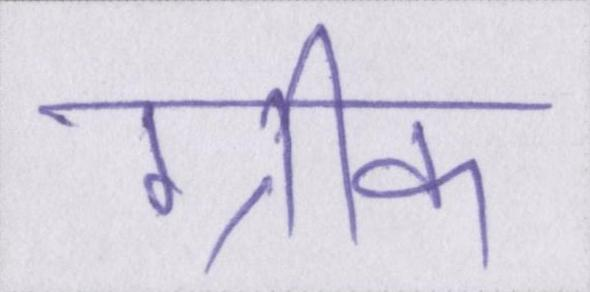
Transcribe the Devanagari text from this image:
ग्रीक